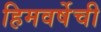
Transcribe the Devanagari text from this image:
हिमवर्षेची